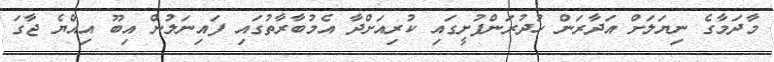
މާދަމާގެ ނިޔަލަށް އަދާރަން ހުދުރަންފުށީގައި ކުރިއަށްދާ އެމުބާރާތުގައި ފައިނަލުން އިބޫ އިއްޔެ ޖާގަ